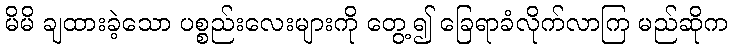
မိမိ ချထားခဲ့သော ပစ္စည်းလေးများကို တွေ့၍ ခြေရာခံလိုက်လာကြ မည်ဆိုက